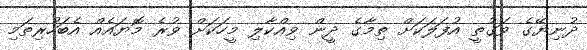
ދުނިޔޭގެ ވަގުތީ އުފަލަކަށް ތިމާގެ ދީން ވިއްކާލި މީހަކަށް ވުރެ މޮޔައެއް އެބަހުރިތަމި